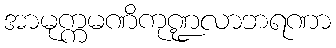
အာမုက္ကမဏိကုဏ္ဍလာဘရဏာ